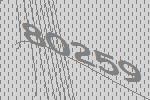
80259